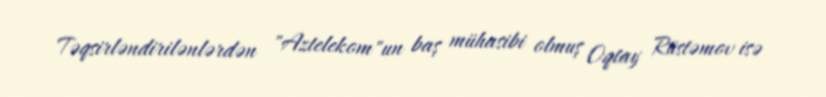
Təqsirləndirilənlərdən "Aztelekom"un baş mühasibi olmuş Oqtay Rüstəmov isə